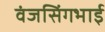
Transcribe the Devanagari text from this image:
वंजसिंगभाई